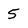
Character: 5